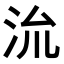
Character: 𭰈